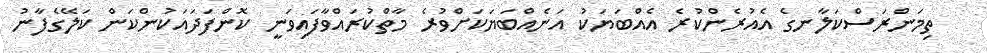
ތިމަންރަސްކަލާނގެ އެއުރެންކުރެ އެއްބަޔަކު އަނެއްބަޔަކަށްވުރެ މާތްކުރައްވާފައިވަނީ ކޮންފަދައަކުންކަން ކަލޭގެފާނު